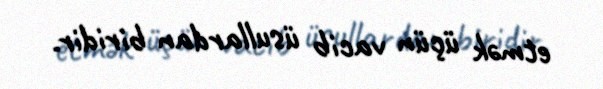
etmək üçün vacib üsullardan biridir.